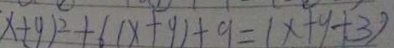
x + y ) ^ { 2 } + 6 ( x + y ) + 9 = ( x + y + 3 )